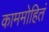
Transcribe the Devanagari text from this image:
काममोहितं